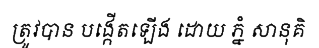
ត្រូវបាន បង្កើតឡើង ដោយ ភ្នំ សានុគិ